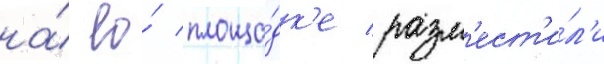
на́ ео́ площа́дк'е разм'ест'и́л'и